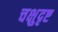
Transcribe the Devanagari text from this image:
चक्षुदृष्ट